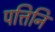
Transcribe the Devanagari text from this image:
पत्तिनि